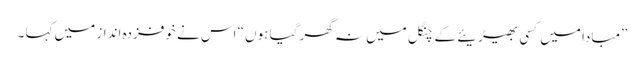
”مبادا میں کسی بھیڑیئے کے چنگل میں نہ گھر گیا ہوں “ اس نے خوفزدہ انداز میں کہا ۔